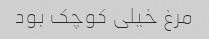
مرغ خیلی کوچک بود